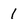
Character: 1